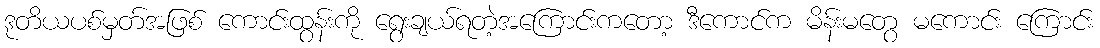
ဒုတိယပစ်မှတ်အဖြစ် ကောင်းထွန်းကို ရွေးချယ်ရတဲ့အကြောင်းကတော့ ဒီကောင်က မိန်းမတွေ မကောင်း ကြောင်း